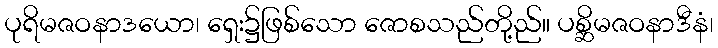
ပုရိမဇဝနာဒယော၊ ရှေး၌ဖြစ်သော ဇောစသည်တို့ည်။ ပစ္ဆိမဇဝနာဒီနံ၊